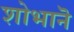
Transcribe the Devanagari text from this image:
शोभानॆ